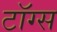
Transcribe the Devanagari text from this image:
टॉग्स